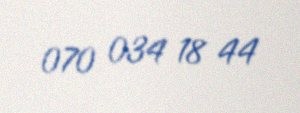
070 034 18 44